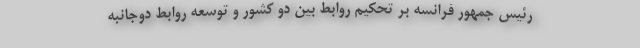
رئیس جمهور فرانسه بر تحکیم روابط بین دو کشور و توسعه روابط دوجانبه